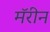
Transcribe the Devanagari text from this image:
मॅरीन